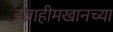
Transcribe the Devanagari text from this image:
इब्राहीमखानच्या